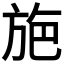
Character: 𭤸